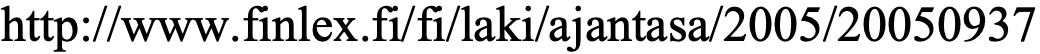
http://www.finlex.fi/fi/laki/ajantasa/2005/20050937